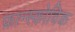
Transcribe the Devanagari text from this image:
फ्रान्स्कोविक